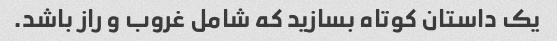
یک داستان کوتاه بسازید که شامل غروب و راز باشد.